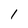
Character: l